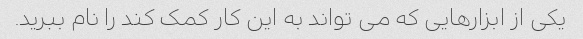
یکی از ابزارهایی که می تواند به این کار کمک کند را نام ببرید.